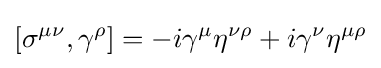
\left[\sigma ^{\mu \nu },\gamma ^{\rho }\right]=-i\gamma ^{\mu }\eta ^{\nu \rho }+i\gamma ^{\nu }\eta ^{\mu \rho }